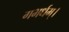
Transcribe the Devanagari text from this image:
गभर्धम्।